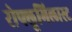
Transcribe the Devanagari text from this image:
रोफ्लूमिलास्ट